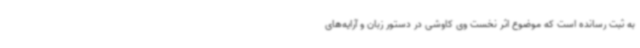
به ثبت رسانده است که موضوع اثر نخست وی کاوشی در دستور زبان و آرایه‌های